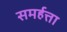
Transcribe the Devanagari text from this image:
समर्हत्ता